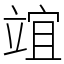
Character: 竩